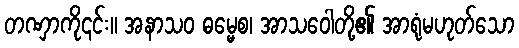
တဏှာကို၎င်း။ အနာသဝ ဓမ္မေစ၊ အာသဝေါတို့၏ အာရုံမဟုတ်သော